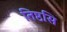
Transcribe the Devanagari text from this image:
तिष्ठसि